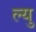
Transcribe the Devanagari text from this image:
ल्यु